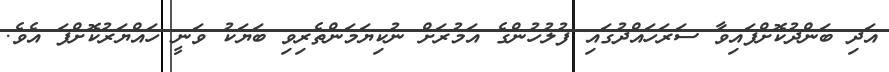
އަދި ބަންދުކޮށްފައިވާ ސަރަހައްދުގައި ފުލުހުންގެ އަމުރަށް ނުކިޔަމަންތެރިވި ބަޔަކު ވަނީ ހައްޔަރުކޮށްފަ އެވެ.